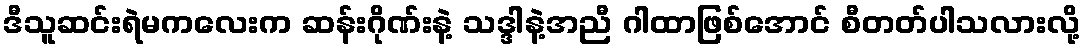
ဒီသူဆင်းရဲမကလေးက ဆန်းဂိုဏ်းနဲ့ သဒ္ဒါနဲ့အညီ ဂါထာဖြစ်အောင် စီတတ်ပါသလားလို့